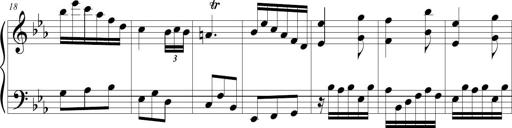
Title: Tiny Tina
Composer: Michel Rondeau
Key: E-flat major